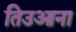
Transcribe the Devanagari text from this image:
तिउआना